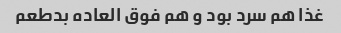
غذا هم سرد بود و هم فوق العاده بدطعم